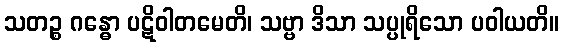
သတဉ္စ ဂန္ဓော ပဋိဝါတမေတိ၊ သဗ္ဗာ ဒိသာ သပ္ပုရိသော ပဝါယတိ။